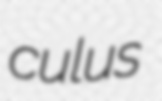
culus